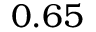
0 . 6 5